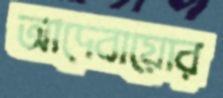
আদেবায়োর